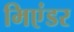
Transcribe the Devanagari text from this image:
मिएंडर